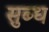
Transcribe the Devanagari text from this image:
सुब्ध